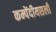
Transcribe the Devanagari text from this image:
कम्पेंदीयसली